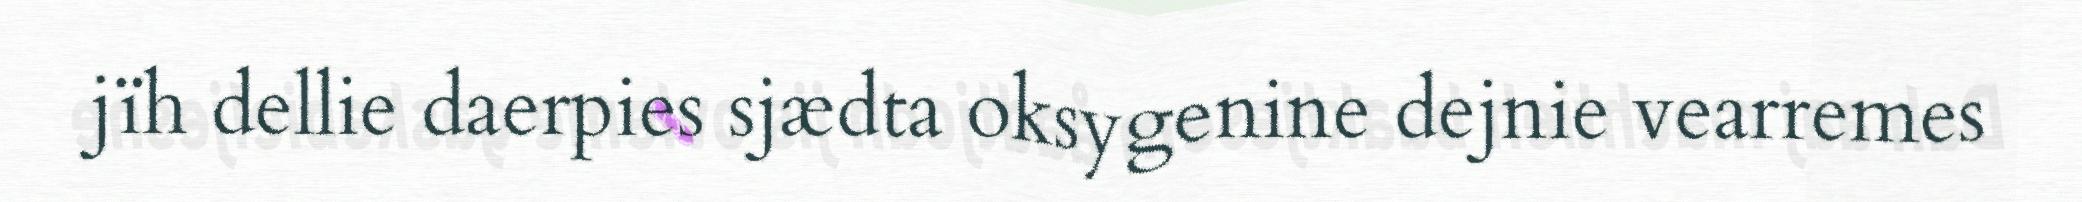
jïh dellie daerpies sjædta oksygenine dejnie vearremes